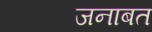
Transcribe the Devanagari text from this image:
जनाबत